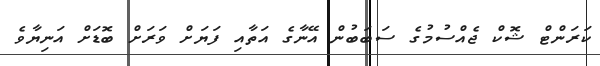
ކަރަންޓް ޝޮކް ޖެއްސުމުގެ ސަބަބުން އޭނާގެ އަތާއި ފަޔަށް ވަރަށް ބޮޑަށް އަނިޔާވެ